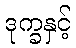
ဒုက္ခနှင့်